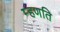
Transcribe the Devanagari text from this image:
म्हणति